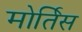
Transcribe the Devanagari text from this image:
मोर्तिस